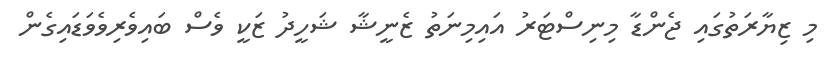
މި ޒިޔާރަތުގައި ޖެންޑާ މިނިސްޓަރު އައިމިނަތު ޒެނީޝާ ޝަހީދު ޒަކީ ވެސް ބައިވެރިވެެވަޑައިގެން